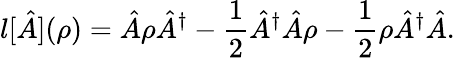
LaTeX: \mathcal{l}[\hat{A}](\rho)=\hat{A}\rho\hat{A}^{\dagger}-\frac{1}{2}\hat{A}^{\dagger}\hat{A}\rho-\frac{1}{2}\rho\hat{A}^{\dagger}\hat{A}.